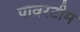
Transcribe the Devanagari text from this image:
पावरटीम